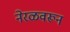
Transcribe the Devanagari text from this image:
नेरळवरून